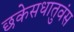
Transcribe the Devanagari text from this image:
छकेसधातुवंस